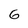
Character: G